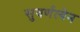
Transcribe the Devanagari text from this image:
सुवर्णत्वेन